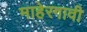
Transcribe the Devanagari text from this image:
माहेरगावी